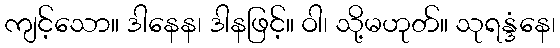
ကျင့်သော။ ဒါနေန၊ ဒါနဖြင့်။ ဝါ၊ သို့မဟုတ်။ သုရန္ဒံနေ၊